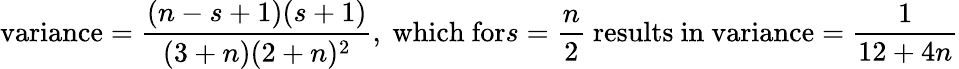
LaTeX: {\mathrm{variance}}={\frac{(n-s+1)(s+1)}{(3+n)(2+n)^{2}}},{\mathrm{~which~for}}s={\frac{n}{2}}{\mathrm{~results~in~variance}}={\frac{1}{12+4n}}